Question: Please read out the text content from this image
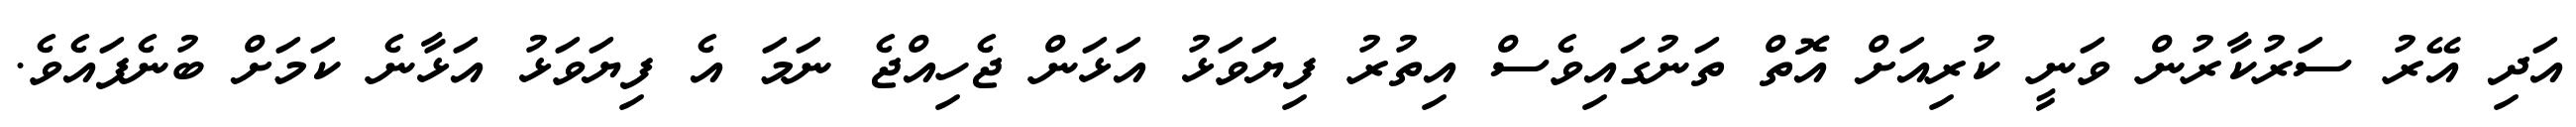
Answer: އަދި އޭރު ސަރުކާރުން ވަނީ ކުރިއަށް އޮތް ތަނުގައިވެސް އިތުރު ފިޔަވަޅު އަޅަން ޖެހިއްޖެ ނަމަ އެ ފިޔަވަޅު އަޅާނެ ކަމަށް ބުނެފައެވެ.